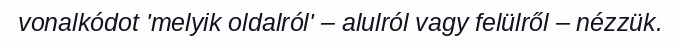
vonalkódot 'melyik oldalról' – alulról vagy felülről – nézzük.